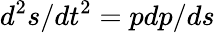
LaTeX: d^{2}s/dt^{2}=pdp/ds